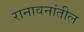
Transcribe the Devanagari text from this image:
रानावनांतील